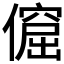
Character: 𠏅